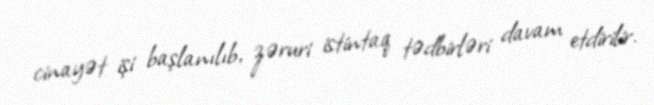
cinayət işi başlanılıb, zəruri istintaq tədbirləri davam etdirilir.